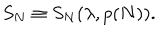
LaTeX: S _ { N } \equiv S _ { N } ( \lambda , p ( N ) ) .